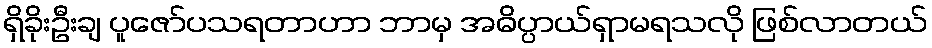
ရှိခိုးဦးချ ပူဇော်ပသရတာဟာ ဘာမှ အဓိပ္ပာယ်ရှာမရသလို ဖြစ်လာတယ်